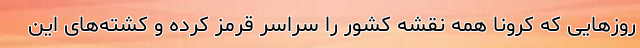
روزهایی که کرونا همه نقشه کشور را سراسر قرمز کرده و کشته‌های این